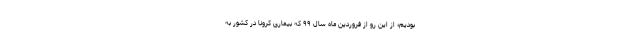
بودیم؛ از این رو از فروردین ماه سال ۹۹ که بیماری کرونا در کشور به